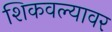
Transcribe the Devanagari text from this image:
शिकवल्यावर